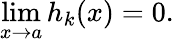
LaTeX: \operatorname*{lim}_{x\to a}h_{k}(x)=0.